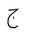
Letter: _gim